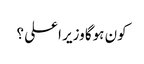
کون ہوگا وزیر اعلی ؟